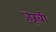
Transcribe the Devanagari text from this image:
जेरूबी